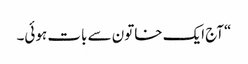
“آج ایک خاتون سے بات ہوئی۔